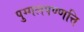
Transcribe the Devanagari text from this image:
पुग्गलपण्णत्ति